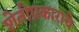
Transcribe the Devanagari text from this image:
शेतीप्रकाराचे